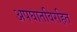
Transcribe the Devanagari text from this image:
अपघातविरहित